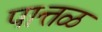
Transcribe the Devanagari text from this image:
पात्तळ